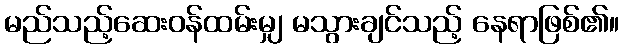
မည်သည့်ဆေးဝန်ထမ်းမျှ မသွားချင်သည့် နေရာဖြစ်၏။